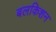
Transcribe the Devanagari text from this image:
बलकिशन